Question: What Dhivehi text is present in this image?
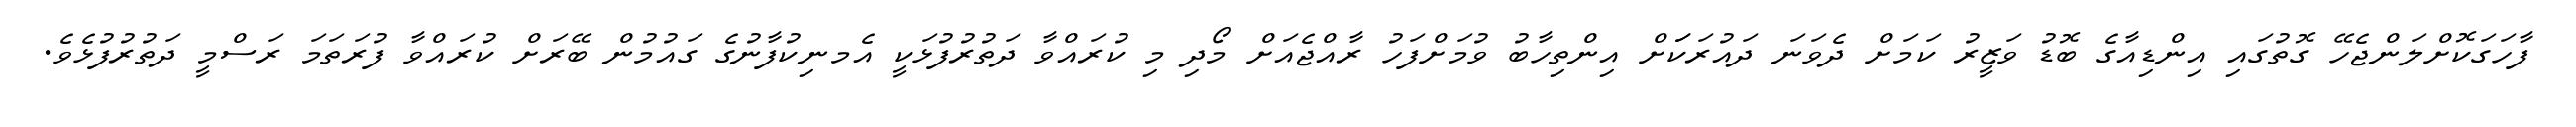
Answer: ފާހަގަކޮށްލަންޖެހޭ ގޮތުގައި އިންޑިއާގެ ބޮޑު ވަޒީރު ކަމަށް ދެވަނަ ދައުރަކަަށް އިންތިހާބު ވުމަށްފަހު ރާއްޖެއަށް މޯދި މި ކުރައްވާ ދަތުރުފުޅަކީ އެމނިކުފާނުގެ ގައުމުން ބޭރަށް ކުރައްވާ ފުރަތަމަ ރަސްމީ ދަތުރުފުޅެވެ.